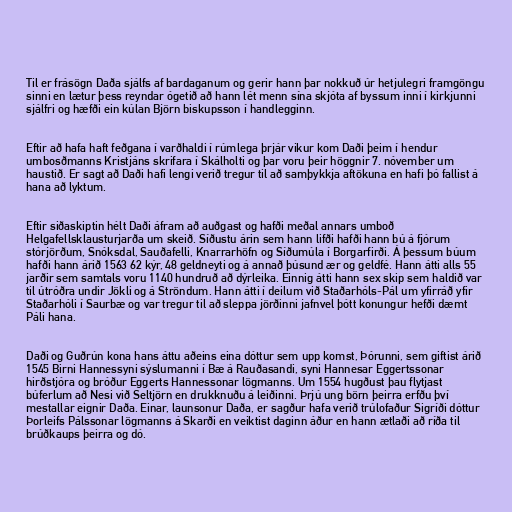
Til er frásögn Daða sjálfs af bardaganum og gerir hann þar nokkuð úr hetjulegri framgöngu
sinni en lætur þess reyndar ógetið að hann lét menn sína skjóta af byssum inni í kirkjunni
sjálfri og hæfði ein kúlan Björn biskupsson í handlegginn.

Eftir að hafa haft feðgana í varðhaldi í rúmlega þrjár vikur kom Daði þeim í hendur
umbosðmanns Kristjáns skrifara í Skálholti og þar voru þeir höggnir 7. nóvember um
haustið. Er sagt að Daði hafi lengi verið tregur til að samþykkja aftökuna en hafi þó fallist á
hana að lyktum.

Eftir siðaskiptin hélt Daði áfram að auðgast og hafði meðal annars umboð
Helgafellsklausturjarða um skeið. Síðustu árin sem hann lifði hafði hann bú á fjórum
stórjörðum, Snóksdal, Sauðafelli, Knarrarhöfn og Síðumúla í Borgarfirði. Á þessum búum
hafði hann árið 1563 62 kýr, 48 geldneyti og á annað þúsund ær og geldfé. Hann átti alls 55
jarðir sem samtals voru 1140 hundruð að dýrleika. Einnig átti hann sex skip sem haldið var
til útróðra undir Jökli og á Ströndum. Hann átti í deilum við Staðarhóls-Pál um yfirráð yfir
Staðarhóli í Saurbæ og var tregur til að sleppa jörðinni jafnvel þótt konungur hefði dæmt
Páli hana.

Daði og Guðrún kona hans áttu aðeins eina dóttur sem upp komst, Þórunni, sem giftist árið
1545 Birni Hannessyni sýslumanni í Bæ á Rauðasandi, syni Hannesar Eggertssonar
hirðstjóra og bróður Eggerts Hannessonar lögmanns. Um 1554 hugðust þau flytjast
búferlum að Nesi við Seltjörn en drukknuðu á leiðinni. Þrjú ung börn þeirra erfðu því
mestallar eignir Daða. Einar, launsonur Daða, er sagður hafa verið trúlofaður Sigríði dóttur
Þorleifs Pálssonar lögmanns á Skarði en veiktist daginn áður en hann ætlaði að ríða til
brúðkaups þeirra og dó.